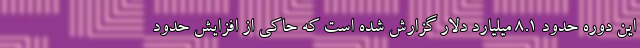
این دوره حدود ۸.۱ میلیارد دلار گزارش شده است که حاکی از افزایش حدود